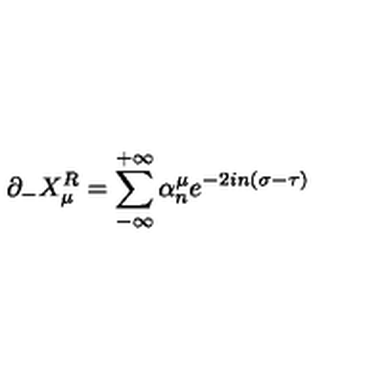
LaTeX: \partial _ { - } X _ { \mu } ^ { R } = \sum _ { - \infty } ^ { + \infty } \alpha _ { n } ^ { \mu } e ^ { - 2 i n ( \sigma - \tau ) }